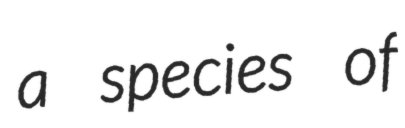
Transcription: a species of